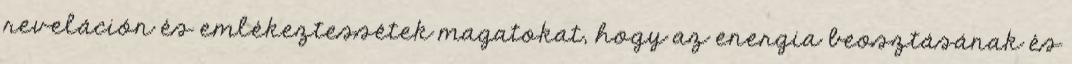
reveláción és emlékeztessétek magatokat, hogy az energia beosztásának és